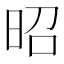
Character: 昭